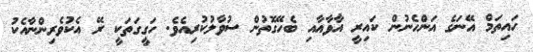
ހައިތަމް އޭނަގެ އަންހެނުން ކައިރީ އާވާއާއި ބެހޭގޮތުން ސުވާލުކުރިއެވެ. ހަގީގަތަކީ ރޭ އެކުވެރިންނާއެކު